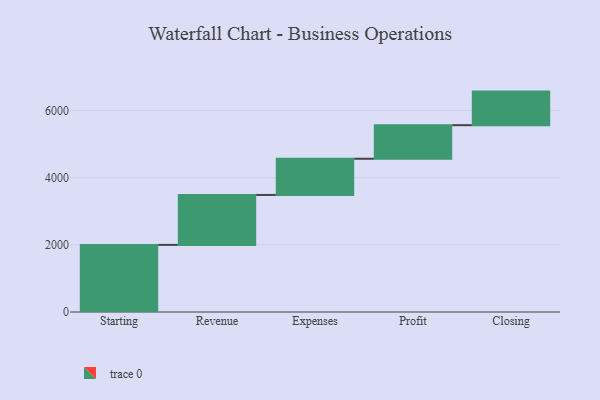
{"axis": {"x": "Step", "y": "Value"}, "legend": [""], "data": [{"x": "Starting", "y": 1999.0, "type": ""}, {"x": "Revenue", "y": 1487.0, "type": ""}, {"x": "Expenses", "y": 1078.0, "type": ""}, {"x": "Profit", "y": 1000, "type": ""}, {"x": "Closing", "y": 1000, "type": ""}]}